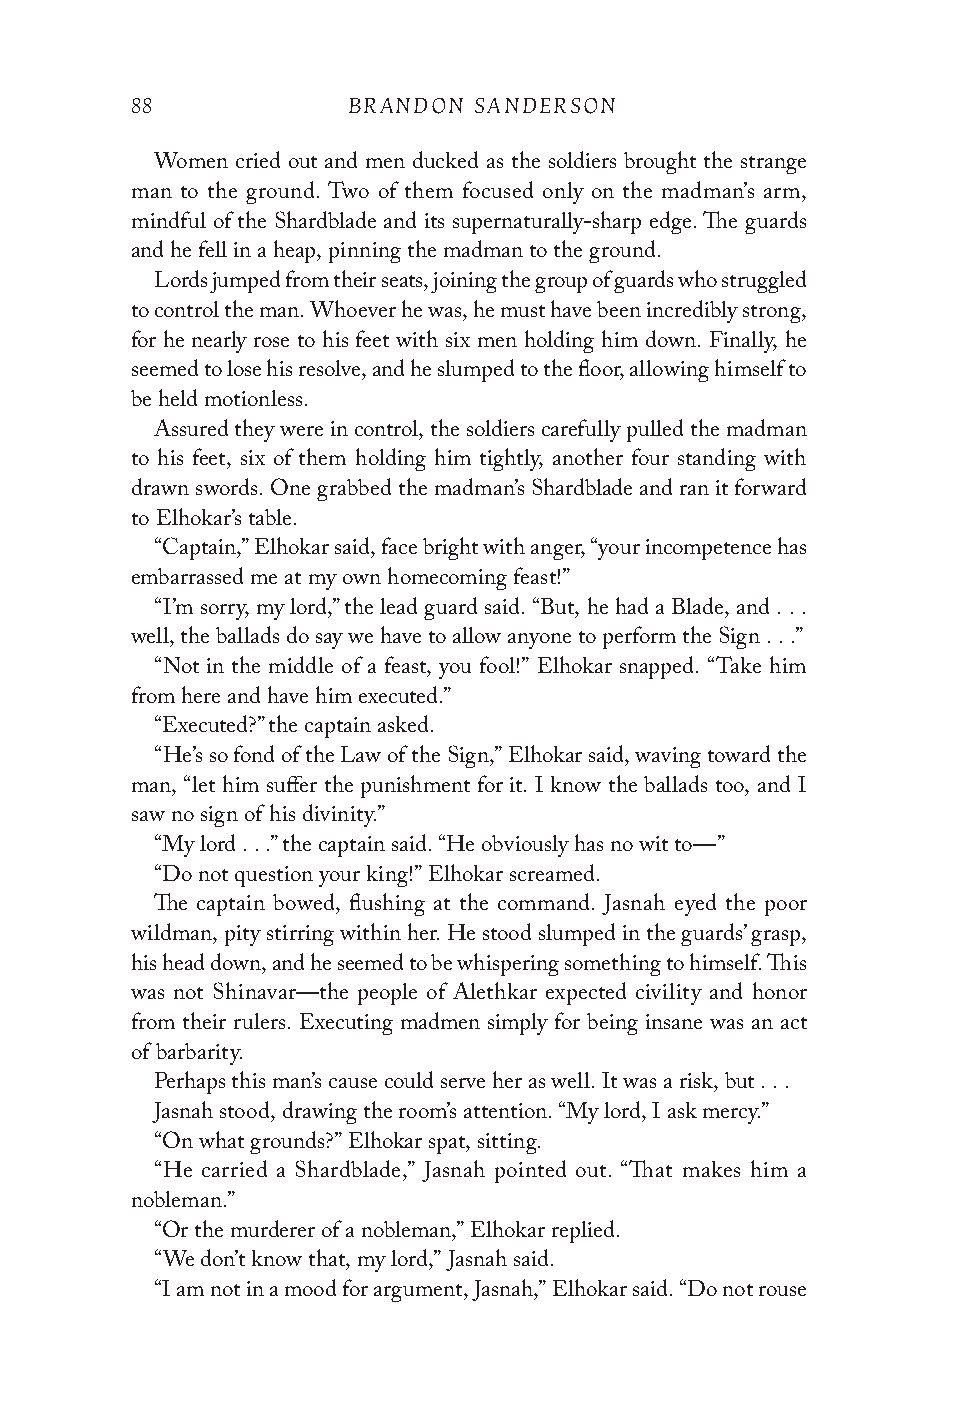
88            BRANDON SANDERSON
 Women cried out and men ducked as the soldiers brought the strange
 man to the ground. Two of them focused only on the madman’s arm,
 mindful of the Shardblade and its supernaturally-sharp edge. The guards
 and he fell in a heap, pinning the madman to the ground.
 Lords jumped from their seats, joining the group of guards who struggled
 to control the man. Whoever he was, he must have been incredibly strong,
 for he nearly rose to his feet with six men holding him down. Finally, he
 seemed to lose his resolve, and he slumped to the floor, allowing himself to
 be held motionless.
 Assured they were in control, the soldiers carefully pulled the madman
 to his feet, six of them holding him tightly, another four standing with
 drawn swords. One grabbed the madman’s Shardblade and ran it forward
 to Elhokar’s table.
 “Captain,” Elhokar said, face bright with anger, “your incompetence has
 embarrassed me at my own homecoming feast!”
 “I’m sorry, my lord,” the lead guard said. “But, he had a Blade, and . . .
 well, the ballads do say we have to allow anyone to perform the Sign . . .”
 “Not in the middle of a feast, you fool!” Elhokar snapped. “Take him
 from here and have him executed.”
 “Executed?” the captain asked.
 “He’s so fond of the Law of the Sign,” Elhokar said, waving toward the
 man, “let him suffer the punishment for it. I know the ballads too, and I
 saw no sign of his divinity.”
 “My lord . . .” the captain said. “He obviously has no wit to—”
 “Do not question your king!” Elhokar screamed.
 The captain bowed, flushing at the command. Jasnah eyed the poor
 wildman, pity stirring within her. He stood slumped in the guards’ grasp,
 his head down, and he seemed to be whispering something to himself. This
 was not Shinavar—the people of Alethkar expected civility and honor
 from their rulers. Executing madmen simply for being insane was an act
 of barbarity.
 Perhaps this man’s cause could serve her as well. It was a risk, but . . .
 Jasnah stood, drawing the room’s attention. “My lord, I ask mercy.”
 “On what grounds?” Elhokar spat, sitting.
 “He carried a Shardblade,” Jasnah pointed out. “That makes him a
 nobleman.”
 “Or the murderer of a nobleman,” Elhokar replied.
 “We don’t know that, my lord,” Jasnah said.
 “I am not in a mood for argument, Jasnah,” Elhokar said. “Do not rouse